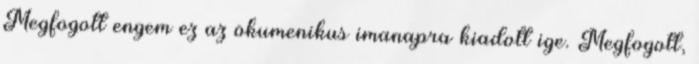
Megfogott engem ez az ökumenikus imanapra kiadott ige. Megfogott,